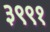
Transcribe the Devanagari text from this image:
३९९१